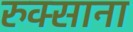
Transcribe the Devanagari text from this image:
रुक्साना